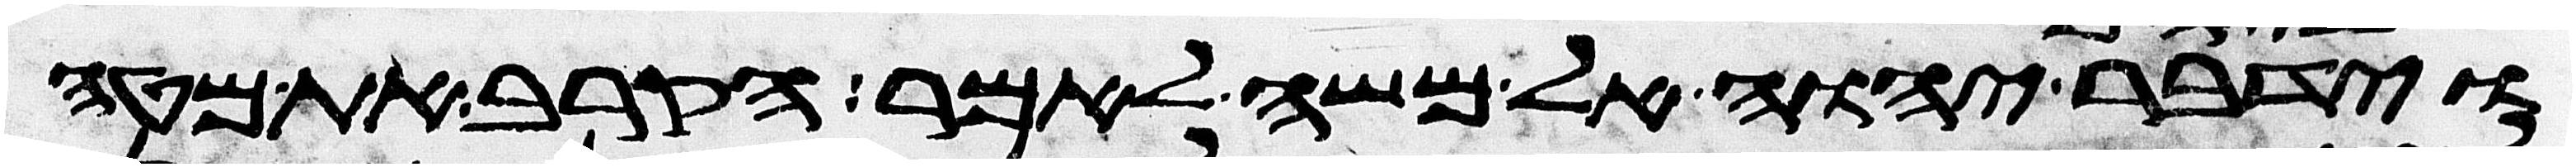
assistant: וידבר יהוה אל משה לאמר הקרב את מטה